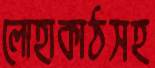
লোহাকাঠসহ